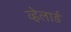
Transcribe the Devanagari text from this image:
व्हेलार्ड